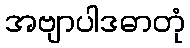
အဗျာပါဒဓာတုံ